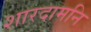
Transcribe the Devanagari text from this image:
शारदामनि